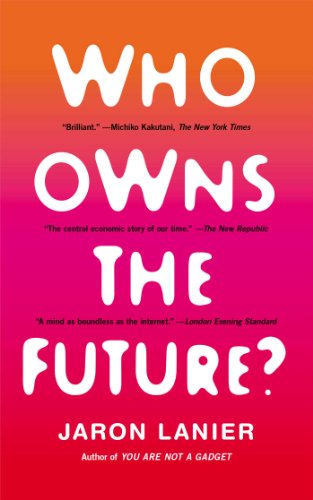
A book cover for Who Owns the Future?; Jaron Lanier; Business & Money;